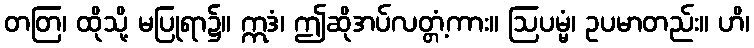
တတြ၊ ထိုသို့ မပြုရာ၌။ ဣဒံ၊ ဤဆိုအပ်လတ္တံ့ကား။ ဩပမ္မံ၊ ဥပမာတည်း။ ဟိ၊